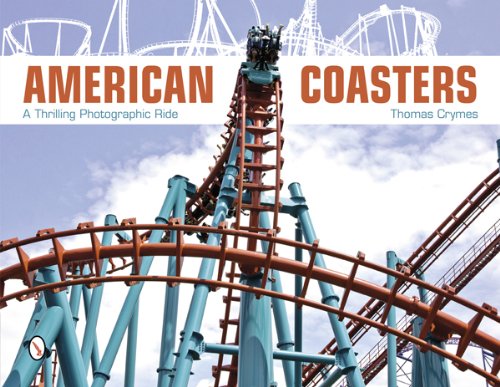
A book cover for American Coasters: A Thrilling Photographic Ride; Thomas Crymes; Business & Money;